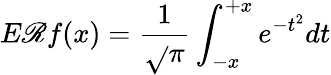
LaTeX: E\mathscr{R}f(x)=\frac{{1}}{{\sqrt{}{{\pi}}}}\int_{-x}^{+x}e^{-t^{2}}dt